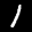
Label: 1